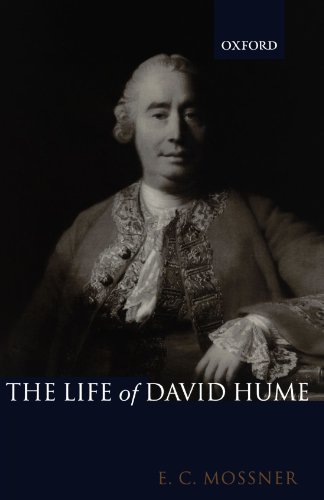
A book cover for The Life of David Hume; Ernest Campbell Mossner; Biographies & Memoirs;